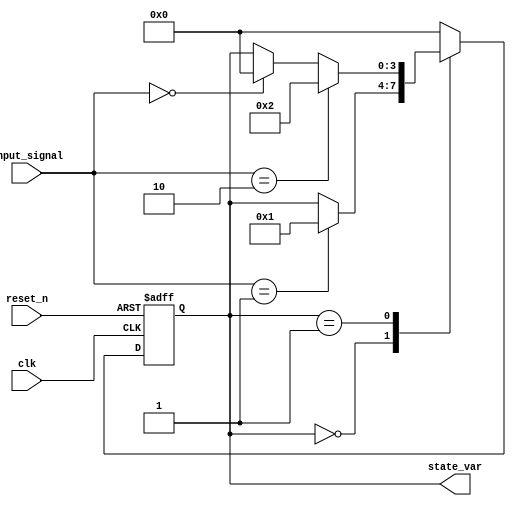
module DefaultStateInitialization (
    input wire clk,            // Clock signal
    input wire reset_n,        // Active-low reset signal
    input wire [1:0] input_signal, // Example input signal
    output reg [3:0] state_var // State variable example
);

// State variable definition
localparam STATE_IDLE = 4'b0000;
localparam STATE_ACTIVE = 4'b0001;
localparam STATE_DONE = 4'b0010;

// Initialize state variable
// Synchronous reset and state transition logic
always @(posedge clk or negedge reset_n) begin
    if (!reset_n) begin
        // Reset condition: Initialize state variable to default state
        state_var <= STATE_IDLE;
    end else begin
        // State transition logic based on input signals and current state
        case (state_var)
            STATE_IDLE: begin
                if (input_signal == 2'b01) begin
                    state_var <= STATE_ACTIVE;
                end
            end
            
            STATE_ACTIVE: begin
                if (input_signal == 2'b10) begin
                    state_var <= STATE_DONE;
                end
                else if (input_signal == 2'b00) begin
                    state_var <= STATE_IDLE;
                end
            end
            
            STATE_DONE: begin
                // Return to idle state after completion
                state_var <= STATE_IDLE;
            end
            
            default: begin
                state_var <= STATE_IDLE; // Fallback to idle state
            end
        endcase
    end
end

// Output logic can be derived from the state variable
// For example, if state_var is in STATE_ACTIVE, produce a specific output
assign output_signal = (state_var == STATE_ACTIVE) ? 1'b1 : 1'b0;

endmodule